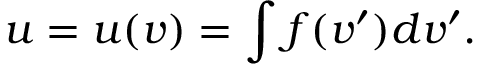
u = u ( v ) = \int f ( v ^ { \prime } ) d v ^ { \prime } .